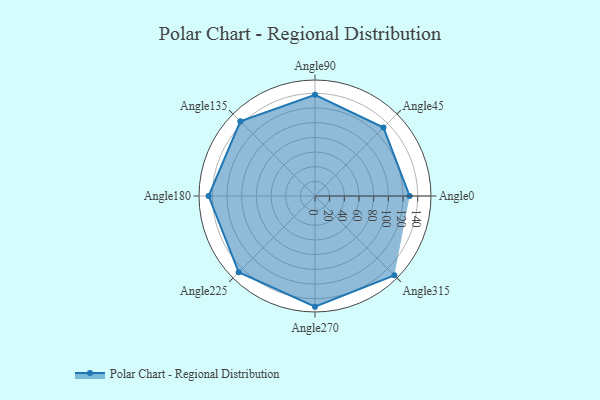
{"axis": {"x": "Angle", "y": "Radius"}, "legend": [""], "data": [{"x": "Angle0", "y": 129.0, "type": ""}, {"x": "Angle45", "y": 132.0, "type": ""}, {"x": "Angle90", "y": 138.0, "type": ""}, {"x": "Angle135", "y": 144.0, "type": ""}, {"x": "Angle180", "y": 145.0, "type": ""}, {"x": "Angle225", "y": 147.0, "type": ""}, {"x": "Angle270", "y": 151.0, "type": ""}, {"x": "Angle315", "y": 153.0, "type": ""}]}